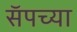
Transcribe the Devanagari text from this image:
सॅपच्या